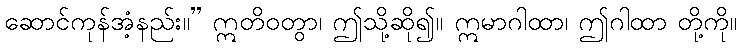
ဆောင်ကုန်အံ့နည်း။” ဣတိဝတွာ၊ ဤသို့ဆို၍။ ဣမာဂါထာ၊ ဤဂါထာ တို့ကို။